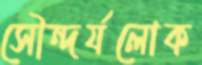
সৌন্দর্যলোক